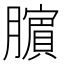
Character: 𬛜